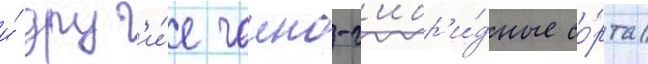
и́ друг'и́е чаино-г'ибр'и́дные со́рта